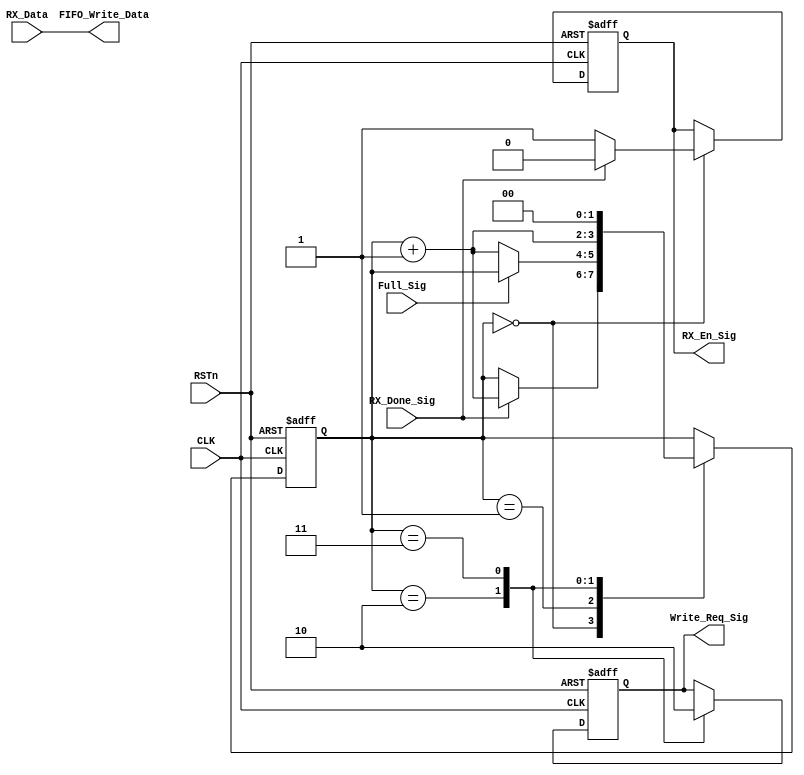
//////////////////////////////////////////////////////
//// RX_TOP_CTL_MODULE.v
//// 				ZHAOCHAO
//// 					2016-11-20
///////////////////////////////////////////////////////////
////

module RX_TOP_CTL_MODULE
(
	CLK, RSTn,
	RX_Done_Sig,
	RX_Data,
	RX_En_Sig,
	Full_Sig,
	Write_Req_Sig,
	FIFO_Write_Data
);

	input CLK;
	input RSTn;
	
	input RX_Done_Sig;
	input [7:0]RX_Data;
	output RX_En_Sig;
	
	input Full_Sig;
	output Write_Req_Sig;
	output [7:0]FIFO_Write_Data;
	

	
	reg [1:0]state_index;
	reg isWrite;
	reg isRX;
	
	always@(posedge CLK or negedge RSTn)
		if (!RSTn)
			begin
				state_index <= 2'd0;
				isWrite <= 1'b0;
				isRX <= 1'b0;
			end
		else
			case (state_index)
				2'd0:
					if (RX_Done_Sig)
						begin
							state_index <= state_index + 1'b1;
							isRX <= 1'b0;
						end
					else
						isRX <= 1'b1;
					
				2'd1:
					if (!Full_Sig)
						state_index <= state_index + 1'b1;
						
				2'd2:
					begin
						isWrite <= 1'b1;
						state_index <= state_index + 1'b1;
					end
					
				2'd3:
					begin
						isWrite <= 1'b0;
						state_index <= 2'd0;
					end
			
			endcase
			
	//////////////////////////////////////////
	
	assign RX_En_Sig = isRX;
	assign Write_Req_Sig = isWrite;
	assign FIFO_Write_Data = RX_Data;
	
endmodule